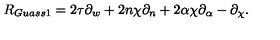
R _ { G u a s s 1 } = 2 \tau \partial _ { w } + 2 n \chi \partial _ { n } + 2 \alpha \chi \partial _ { \alpha } - \partial _ { \chi } .